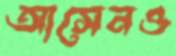
আসেনও